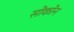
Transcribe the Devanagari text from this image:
सोकोन